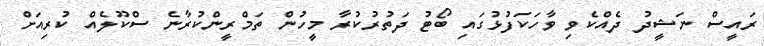
ރައީސް ނަޝީދު ދެއްކެވި ވާހަކަފުޅުގައި ބޯޓު ދަތުރުކުރާ މީހުން ތަމްރީންކުރާނެ ސްކޫލެއް ކުރިއަށް